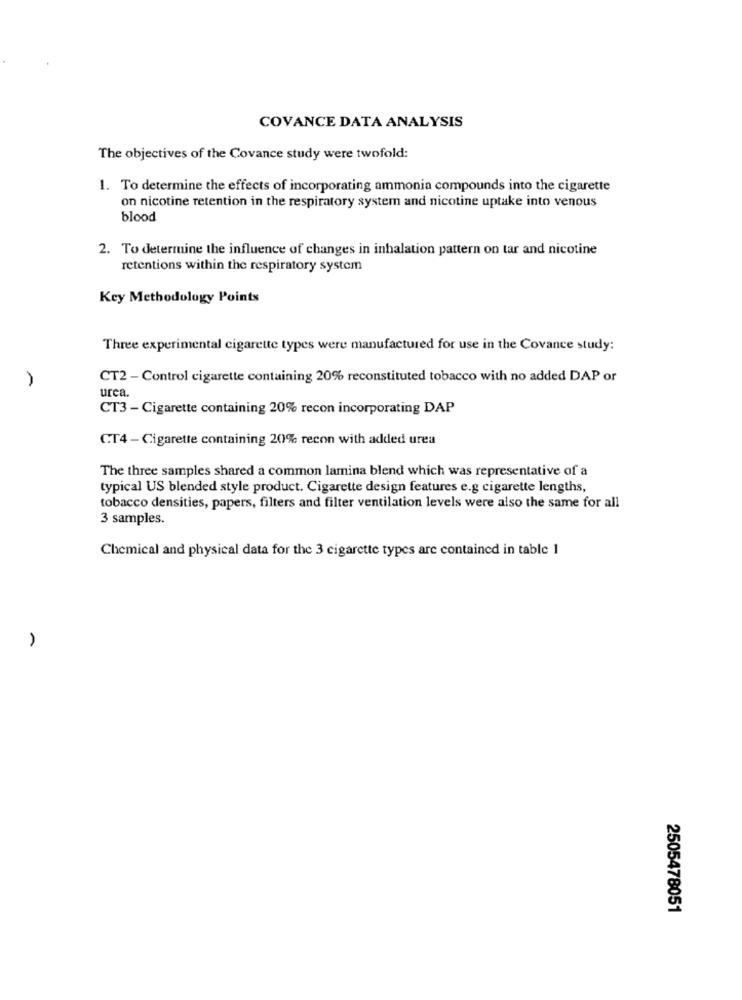
COVANCE DATA ANALYSIS
The objectives of the Covance study were twofold:
1. To determine the effects of incorporating ammonia compounds into the cigarette
on nicotine retention in the respiratory system and nicotine uptake into venous
blood
2. To determine the influence of changes in inhalation pattern on tar and nicotine
retentions within the respiratory system
Key Methodology Points
Three experimental cigarette types were manufactured for use in the Covance study:
CT2 - Control cigarette containing 20% reconstituted tobacco with no added DAP or
urea.
CT3 - Cigarette containing 20% recon incorporating DAP
CT4 - Cigarette containing 20% recon with added urea
The three samples shared a common lamina blend which was representative of a
typical US blended style product. Cigarette design features e.g cigarette lengths,
tobacco densities, papers, filters and filter ventilation levels were also the same for all
3 samples.
Chemical and physical data for the 3 cigarette types are contained in table 1
2505478051